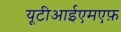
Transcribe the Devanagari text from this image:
यूटीआईएमएफ़